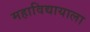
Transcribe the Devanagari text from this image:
महाविद्यायाला